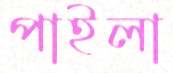
পাইলা